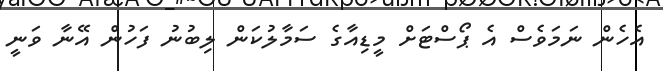
އެހެން ނަމަވެސް އެ ޕޯސްޓަށް މީޑިއާގެ ސަމާލުކަން ލިބުނު ފަހުން އޭނާ ވަނީ